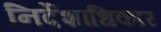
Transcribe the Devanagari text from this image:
निर्देशाधिकार